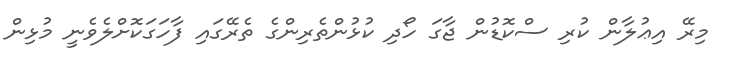
މިރޭ އިޢުލާން ކުރި ސްކޮޑުން ޖާގަ ހޯދި ކުޅުންތެރިންގެ ތެރޭގައި ފާހަގަކޮށްލެވެނީ މުޅިން